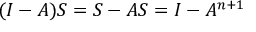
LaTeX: ( I - A ) S = S - A S = I - A ^ { n + 1 }